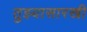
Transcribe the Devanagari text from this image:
तुझ्यासारखी